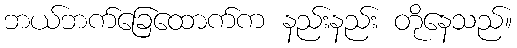
ဘယ်ဘက်ခြေထောက်က နည်းနည်း တိုနေသည်။